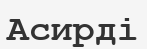
Асирді